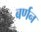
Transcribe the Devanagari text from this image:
बर्णन